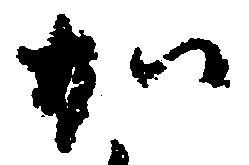
加